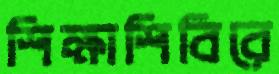
শিক্ষাশিবিরে